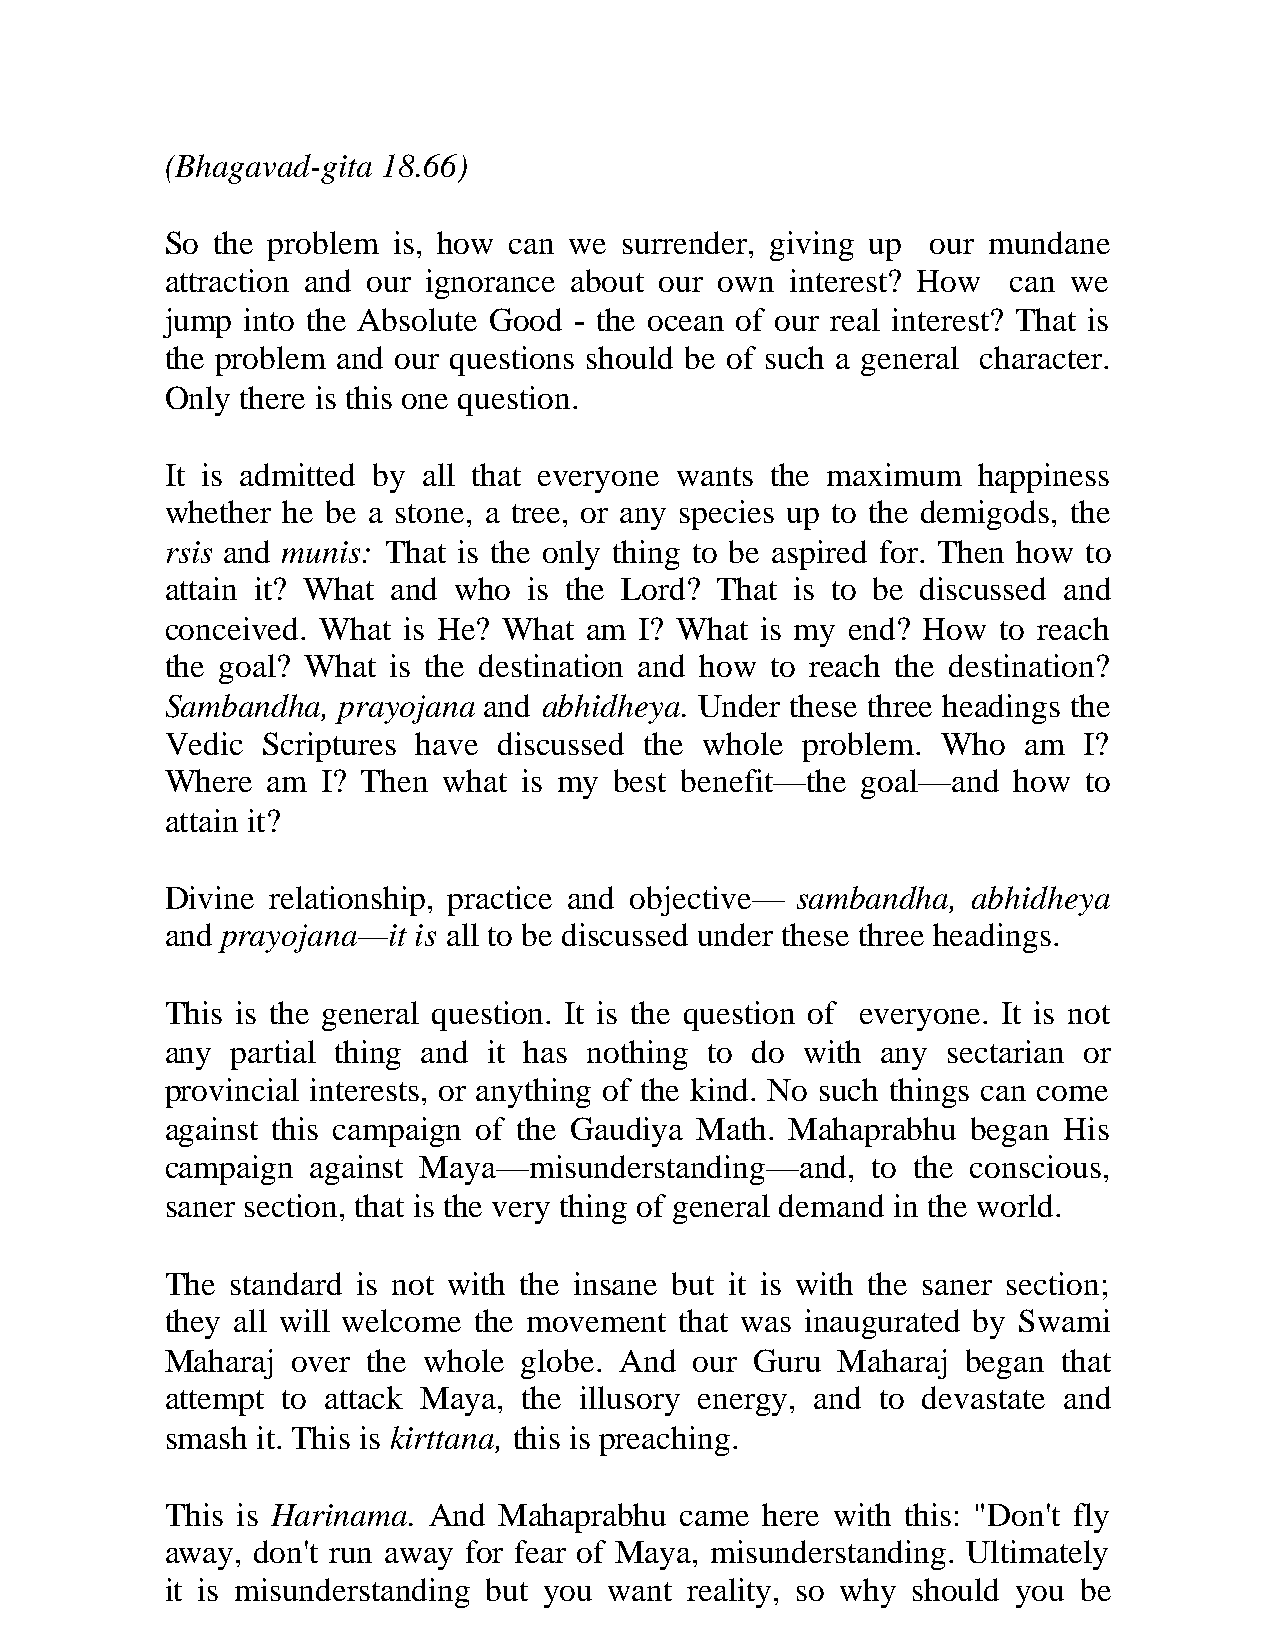
(Bhagavad-gita 18.66)
 So the problem is, how can we surrender, giving up our mundane
 attraction and our ignorance about our own interest? How can we
 jump into the Absolute Good - the ocean of our real interest? That is
 the problem and our questions should be of such a general character.
 Only there is this one question.
 It is admitted by all that everyone wants the maximum happiness
 whether he be a stone, a tree, or any species up to the demigods, the
 rsis and munis: That is the only thing to be aspired for. Then how to
 attain it? What and who is the Lord? That is to be discussed and
 conceived. What is He? What am I? What is my end? How  to reach
 the goal? What is the destination and how to reach the destination?
 Sambandha, prayojana and abhidheya. Under these three headings the
 Vedic Scriptures have discussed the whole problem. Who   am  I?
 Where  am I? Then what  is my best benefit—the goal—and how  to
 attain it?
 Divine relationship, practice and objective— sambandha, abhidheya
 and prayojana—it is all to be discussed under these three headings.
 This is the general question. It is the question of everyone. It is not
 any partial thing and it has nothing to do with any sectarian or
 provincial interests, or anything of the kind. No such things can come
 against this campaign of the Gaudiya Math. Mahaprabhu began His
 campaign  against Maya—misunderstanding—and,   to the conscious,
 saner section, that is the very thing of general demand in the world.
 The standard is not with the insane but it is with the saner section;
 they all will welcome the movement that was inaugurated by Swami
 Maharaj over the whole  globe. And our Guru  Maharaj began that
 attempt to attack Maya, the illusory energy, and to devastate and
 smash it. This is kirttana, this is preaching.
 This is Harinama. And Mahaprabhu  came  here with this: "Don't fly
 away, don't run away for fear of Maya, misunderstanding. Ultimately
 it is misunderstanding but you want reality, so why should you be